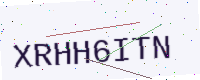
Text: XRHH6ITN